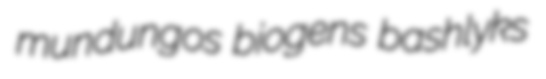
mundungos biogens bashlyks